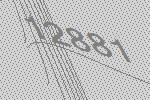
12881